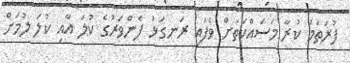
ފުރަތަމަ ކުރާ މަސައްކަތަށް ވެފައި ރަނގަޅު ފެންވަރުގެ ކުލަ އާއި ކުލަ ލުމަށް